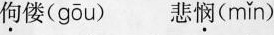
佝偻（ gōu ）悲悯( mǐn )